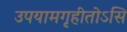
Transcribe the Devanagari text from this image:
उपयामगृहीतोऽसि